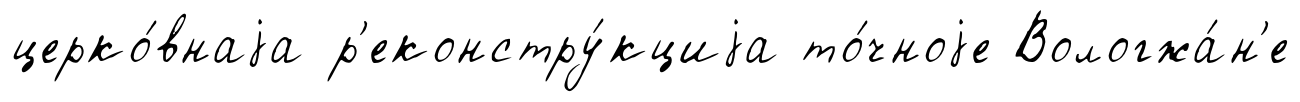
церко́внаjа р'еконстру́кциjа то́чноjе Вологжа́н'е